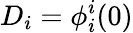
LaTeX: D_{i}=\phi_{i}^{i}(0)